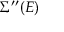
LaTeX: \Sigma ^ { \prime \prime } ( E )